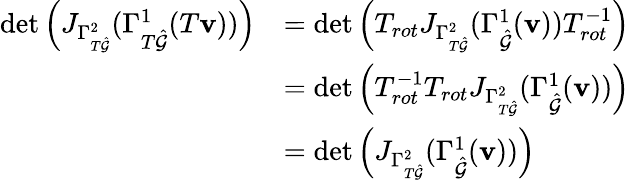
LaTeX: \begin{array}{rl}{\operatorname*{det}\left(J_{\Gamma_{T\hat{\mathcal{G}}}^{2}}(\Gamma_{T\hat{\mathcal{G}}}^{1}(T\mathbf{v}))\right)}&{=\operatorname*{det}\left(T_{rot}J_{\Gamma_{T\hat{\mathcal{G}}}^{2}}(\Gamma_{\hat{\mathcal{G}}}^{1}(\mathbf{v}))T_{rot}^{-1}\right)}\\ &{=\operatorname*{det}\left(T_{rot}^{-1}T_{rot}J_{\Gamma_{T\hat{\mathcal{G}}}^{2}}(\Gamma_{\hat{\mathcal{G}}}^{1}(\mathbf{v}))\right)}\\ &{=\operatorname*{det}\left(J_{\Gamma_{T\hat{\mathcal{G}}}^{2}}(\Gamma_{\hat{\mathcal{G}}}^{1}(\mathbf{v}))\right)}\end{array}